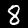
Label: 8